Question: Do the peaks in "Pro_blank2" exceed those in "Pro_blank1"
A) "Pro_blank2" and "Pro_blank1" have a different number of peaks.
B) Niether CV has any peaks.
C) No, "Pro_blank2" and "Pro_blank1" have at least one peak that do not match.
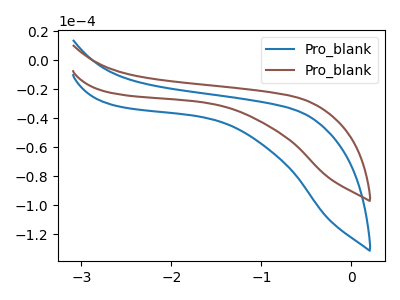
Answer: <think>The blue curve "Pro_blank1" has no peaks. The brown curve "Pro_blank2" has no peaks.</think>
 <answer>B) Niether CV has any peaks.</answer>
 <eval>B</eval>